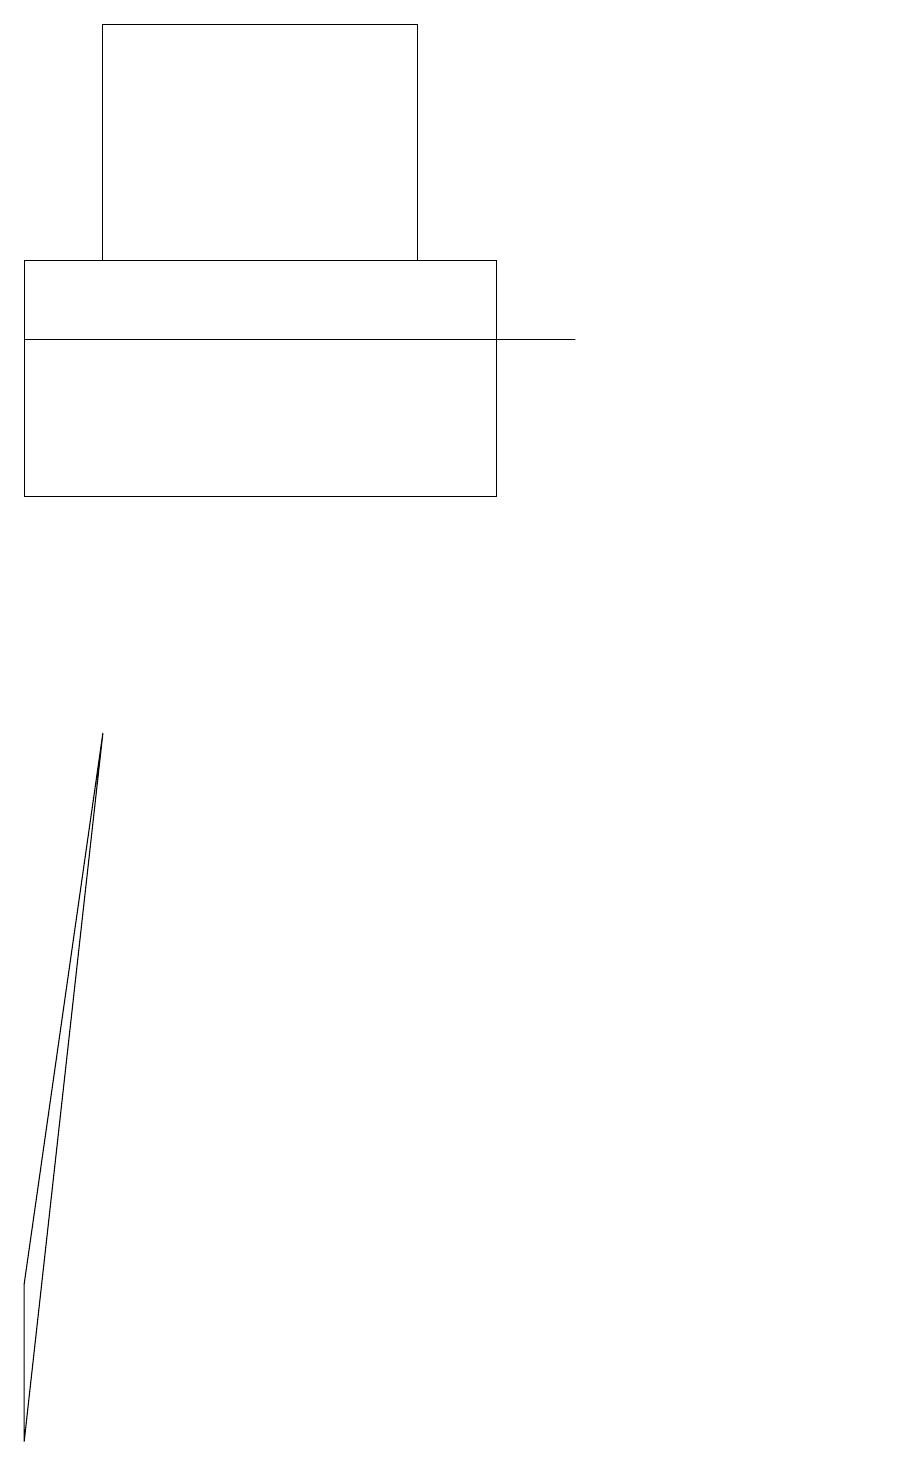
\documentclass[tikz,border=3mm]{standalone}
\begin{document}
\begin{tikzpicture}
\draw (7,14) rectangle (0,14);
\draw (0,0) -- (0,2) -- (1,9) -- cycle;
\draw (6,15) rectangle (0,12);
\draw (1,15) rectangle (5,18);
\draw (11,12) circle (0);
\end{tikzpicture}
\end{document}